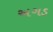
અગડ